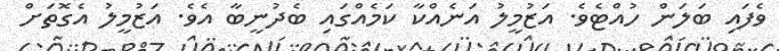
ވެފައި ބަލަން ހުއްޓެވެ. އަޒުމީލު އަނެއްކާ ކަމެއްގައި ބެދުނީބާ އެވެ. އަޒުމީލު އެގޮތަށް